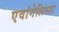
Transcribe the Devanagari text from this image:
एवांगेलिस्ता